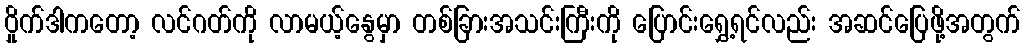
ဝှိုက်ဒါကတော့ လင်ဂတ်ကို လာမယ့်နွေမှာ တစ်ခြားအသင်းကြီးကို ပြောင်းရွှေ့ရင်လည်း အဆင်ပြေဖို့အတွက်